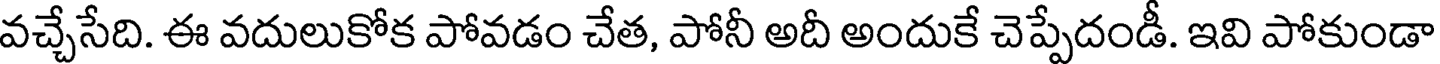
వచ్చేసేది. ఈ వదులుకోక పోవడం చేత, పోనీ అదీ అందుకే చెప్పేదండీ. ఇవి పోకుండా